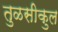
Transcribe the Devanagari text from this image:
तुळसीकुल